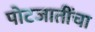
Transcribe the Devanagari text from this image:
पोटजातींचा